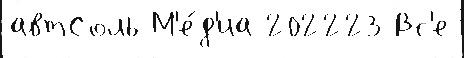
автСоль М'е́д'иа 202223 Вс'е